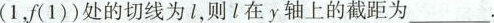
(1，f(1))处的切线为l，则l在y轴上的截距为___.